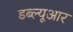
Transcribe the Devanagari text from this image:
डब्‍ल्‍यूआर